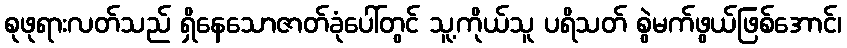
စုဖုရားလတ်သည် ရှိနေသောဇာတ်ခုံပေါ်တွင် သူ့ကိုယ်သူ ပရိသတ် စွဲမက်ဖွယ်ဖြစ်အောင်၊